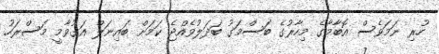
ހުރި ނަމަވެސް އޮބާމާގެ މިހާރުގެ ބަސްމަގު ބަދަލުވެއްޖެ ކަމަށް ބައިނަލް އަގުވާމީ މަސްރަހު